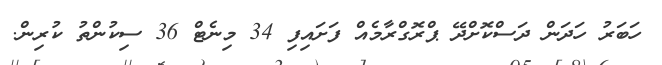
ހަބަރު ހަދަން ދަސްކޮށްދޭ ޕްރޮގްރާމެއް ފަށައިފި 34 މިނެޓް 36 ސިކުންތު ކުރިން.